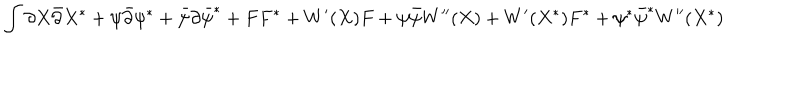
\int { \partial X \bar { \partial } X ^ { \ast } + \psi \bar { \partial } \psi ^ { \ast } + \bar { \psi } \partial \bar { \psi } ^ { \ast } + F F ^ { \ast } + W ^ { \prime } ( X ) F + \psi \bar { \psi } W ^ { \prime \prime } ( X ) + W ^ { \prime } ( X ^ { \ast } ) F ^ { \ast } + \psi ^ { \ast } \bar { \psi } ^ { \ast } W ^ { \prime \prime } ( X ^ { \ast } ) }